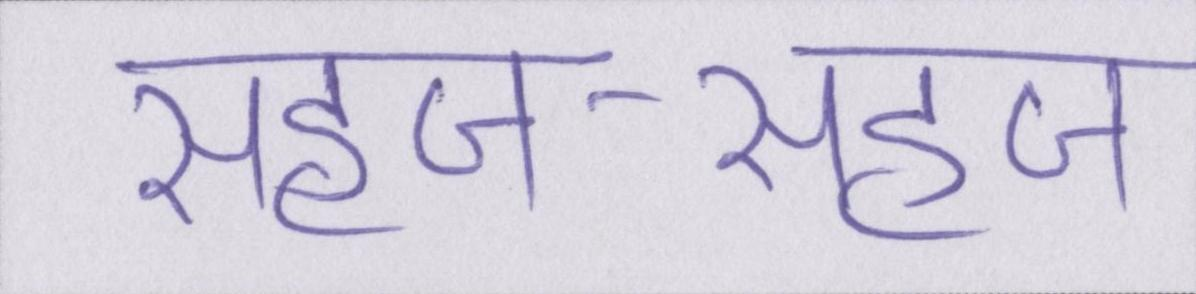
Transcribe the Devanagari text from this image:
सहज-सहज